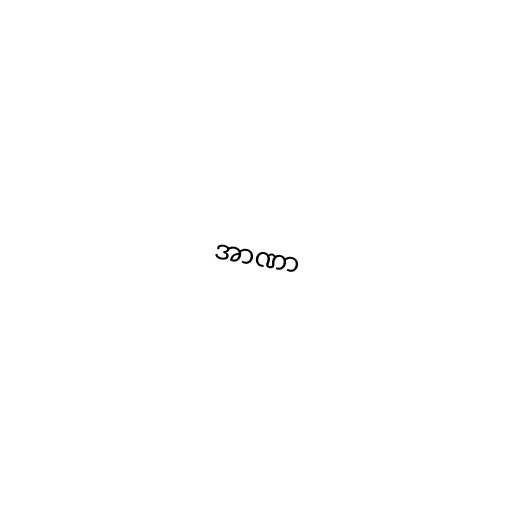
အာဏာ